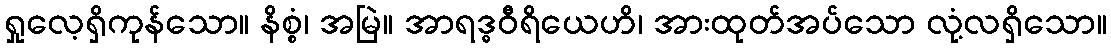
ရှုလေ့ရှိကုန်သော။ နိစ္စံ၊ အမြဲ။ အာရဒ္ဓဝီရိယေဟိ၊ အားထုတ်အပ်သော လုံ့လရှိသော။